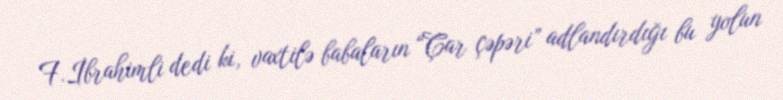
F.İbrahimli dedi ki, vaxtilə babaların “Çar çəpəri” adlandırdığı bu yolun